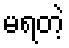
မရတဲ့